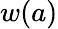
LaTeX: w(a)